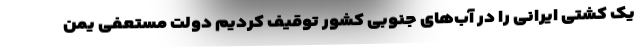
یک کشتی ایرانی را در آب‌های جنوبی کشور توقیف کردیم دولت مستعفی یمن